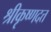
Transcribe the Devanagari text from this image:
श्रीकृष्णदत्त